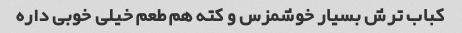
کباب ترش بسیار خوشمزس و کته هم طعم خیلى خوبى داره